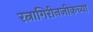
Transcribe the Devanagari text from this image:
रत्नागिरीनजीकच्या